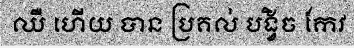
ឈឺ ហើយ បាន ប្រគល់ បង្វិច កែវ